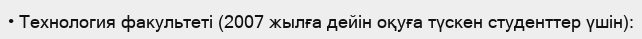
• Технология факультеті (2007 жылға дейін оқуға түскен студенттер үшін):